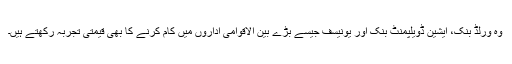
وہ ورلڈ بنک، ایشین ڈویلپمنٹ بنک اور یونیسف جیسے بڑے بین الاقوامی اداروں میں کام کرنے کا بھی قیمتی تجربہ رکھتے ہیں۔